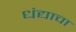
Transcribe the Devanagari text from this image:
धंद्याचा